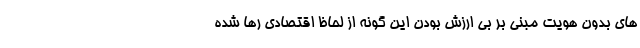
های بدون هویت مبنی بر بی ارزش بودن این گونه از لحاظ اقتصادی رها شده